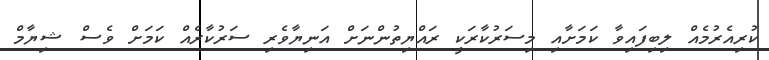
ކުރިއެރުމެއް ލިބިފައިވާ ކަމަށާއި މިސަރުކާރަކީ ރައްޔިތުންނަށް އަނިޔާވެރި ސަރުކާރެއް ކަމަށް ވެސް ޝިޔާމް